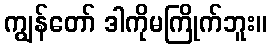
ကျွန်တော် ဒါကိုမကြိုက်ဘူး။